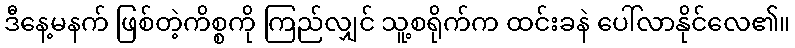
ဒီနေ့မနက် ဖြစ်တဲ့ကိစ္စကို ကြည်လျှင် သူ့စရိုက်က ထင်းခနဲ ပေါ်လာနိုင်လေ၏။